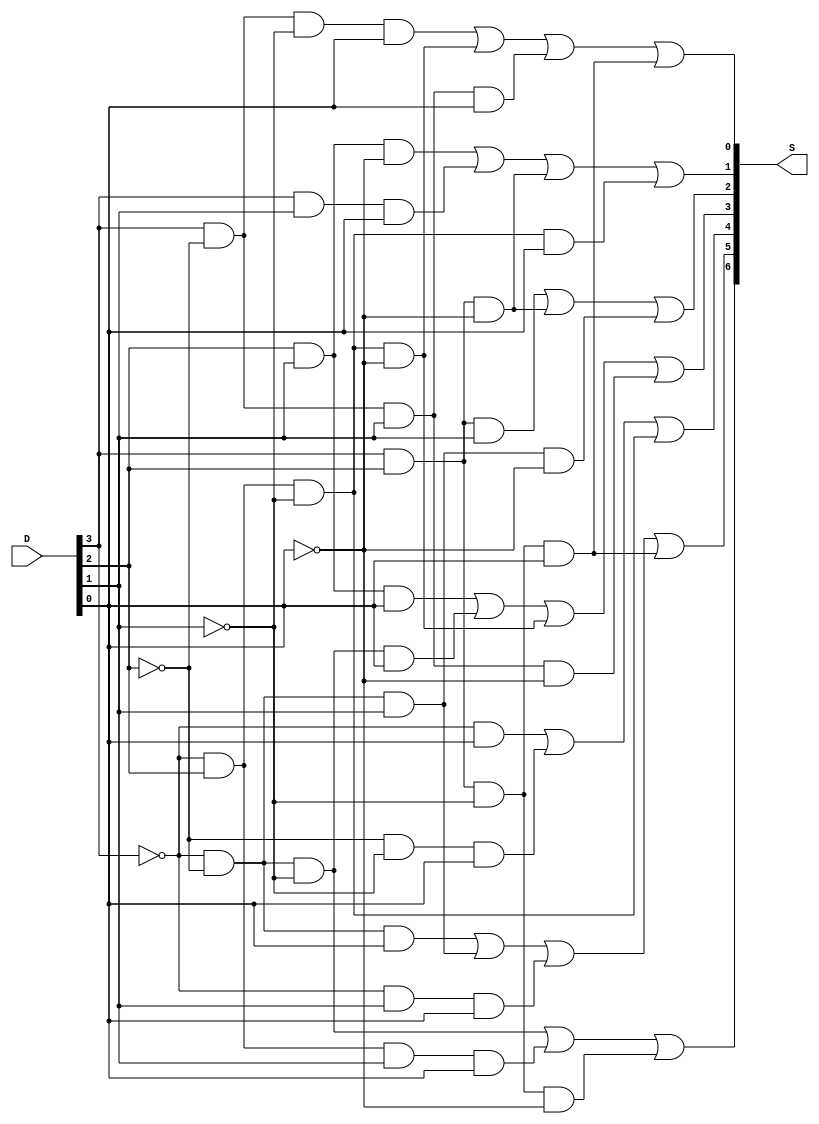
`timescale 1ns / 1ps
module segmentDecoder(D,S);
  input [3:0] D; //since we have 4 inputs, we use [3:0]
  output [6:0] S; //since we have 7 outputs from Sg to Sa, we use [6:0]
//    );

    assign S[0] = (D[3] & ~D[2] & ~D[1] & D[0]) || (~D[3] & D[2] & ~D[1] & ~D[0]) || (D[3] & ~D[2] & D[1] & D[0]) || (D[3] & D[2] & ~D[1] & D[0]); // Output for Sa

    assign S[1] = (D[2] & D[1] & ~D[0]) || (D[3] & D[1]& D[0]) || (D[3] & D[2] & ~D[0]) || (~D[3] & D[2] & ~D[1] & D[0]); // Output for Sb

    assign S[2] = (D[3] & D[2] & D[1]) || (D[3] & D[2] & ~D[0]) || (~D[3] & ~D[2] & D[1] & ~D[0]); // Output for Sc

    assign S[3] = (D[2] & D[1] & D[0]) || (~D[3] & ~D[2] & ~D[1] & D[0]) || (~D[3] & D[2] & ~D[1] & ~D[0]) || (D[3] & ~D[2] & D[1] & ~D[0]); // Output for Sd

    assign S[4] = (~D[3] & D[0]) || (~D[2] & ~D[1] & D[0]) || (~D[3] & D[2] & ~D[1]); // Output for Se

    assign S[5] = (~D[3] & ~D[2] & D[0]) || (~D[3] & ~D[2] & D[1]) || (~D[3] & D[1] & D[0]) || (D[3] & D[2] & ~D[1] & D[0]); // Output for Sf

    assign S[6] = (~D[3] & ~D[2] & ~D[1]) || (~D[3] & D[2] & D[1]& D[0]) || (D[3]& D[2] & ~D[1] & ~D[0]); // Output for Sg
endmodule